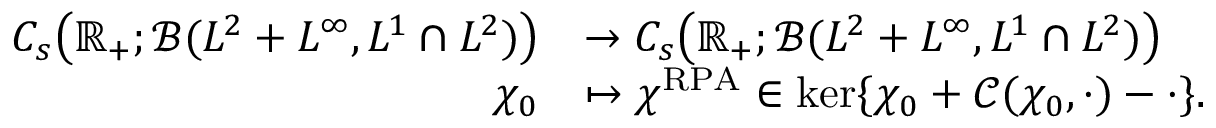
\begin{array} { r l } { C _ { s } \bigr ( \mathbb { R } _ { + } ; \mathcal { B } ( L ^ { 2 } + L ^ { \infty } , L ^ { 1 } \cap L ^ { 2 } ) \bigr ) } & { \rightarrow C _ { s } \bigr ( \mathbb { R } _ { + } ; \mathcal { B } ( L ^ { 2 } + L ^ { \infty } , L ^ { 1 } \cap L ^ { 2 } ) \bigr ) } \\ { \chi _ { 0 } } & { \mapsto \chi ^ { \mathrm { R P A } } \in \ker \{ \chi _ { 0 } + \mathcal { C } ( \chi _ { 0 } , \cdot ) - \cdot \} . } \end{array}